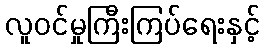
လူဝင်မှုကြီးကြပ်ရေးနှင့်